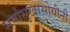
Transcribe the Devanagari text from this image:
सर्वासुखासोयीनी